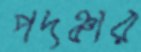
পদঞ্চার